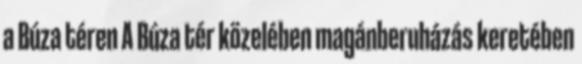
a Búza téren A Búza tér közelében magánberuházás keretében